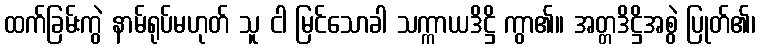
ထက်ခြမ်းကွဲ နာမ်ရုပ်မဟုတ် သူ ငါ မြင်သောခါ သက္ကာယဒိဋ္ဌိ ကွာ၏။ အတ္တဒိဋ္ဌိအစွဲ ပြုတ်၏၊